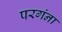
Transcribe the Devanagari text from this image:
परगंना